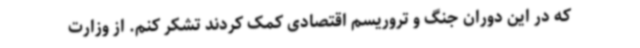
که در این دوران جنگ و تروریسم اقتصادی کمک کردند تشکر کنم. از وزارت